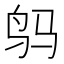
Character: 𲍬